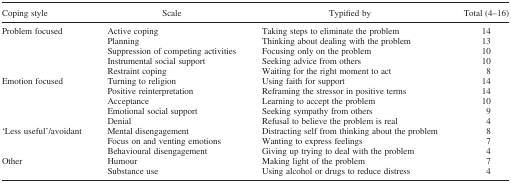
<table><thead><tr><td><b>Coping style</b></td><td><b>Scale</b></td><td><b>Typified by</b></td><td><b>Total (4–16)</b></td></tr></thead><tbody><tr><td rowspan="5">Problem focused</td><td>Active coping</td><td>Taking steps to eliminate the problem</td><td>14</td></tr><tr><td>Planning</td><td>Thinking about dealing with the problem</td><td>13</td></tr><tr><td>Suppression of competing activities</td><td>Focusing only on the problem</td><td>10</td></tr><tr><td>Instrumental social support</td><td>Seeking advice from others</td><td>10</td></tr><tr><td>Restraint coping</td><td>Waiting for the right moment to act</td><td>8</td></tr><tr><td rowspan="5">Emotion focused</td><td>Turning to religion</td><td>Using faith for support</td><td>14</td></tr><tr><td>Positive reinterpretation</td><td>Reframing the stressor in positive terms</td><td>14</td></tr><tr><td>Acceptance</td><td>Learning to accept the problem</td><td>10</td></tr><tr><td>Emotional social support</td><td>Seeking sympathy from others</td><td>9</td></tr><tr><td>Denial</td><td>Refusal to believe the problem is real</td><td>4</td></tr><tr><td rowspan="3">‘Less useful’/avoidant</td><td>Mental disengagement</td><td>Distracting self from thinking about the problem</td><td>8</td></tr><tr><td>Focus on and venting emotions</td><td>Wanting to express feelings</td><td>7</td></tr><tr><td>Behavioural disengagement</td><td>Giving up trying to deal with the problem</td><td>4</td></tr><tr><td rowspan="2">Other</td><td>Humour</td><td>Making light of the problem</td><td>7</td></tr><tr><td>Substance use</td><td>Using alcohol or drugs to reduce distress</td><td>4</td></tr></tbody></table>